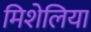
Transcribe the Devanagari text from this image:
मिशेलिया